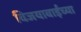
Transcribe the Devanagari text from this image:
विजयाबाईंच्या